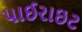
પાઈરાઇટ